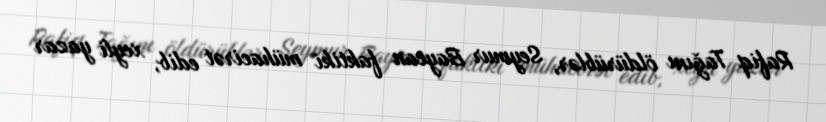
Rafiq Tağını öldürüblər, Seymur Baycan faktiki mühacirət edib, xeyli yazar